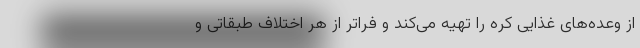
از وعده‌های غذایی کره را تهیه می‌کند و فراتر از هر اختلاف طبقاتی و